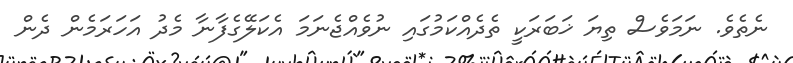
ނެތެވެ. ނަމަވެސް ތިޔަ ޚަބަރަކީ ތެދެއްކަމުގައި ނުވެއްޖެނަމަ އެކަލޭގެފާނާ މެދު އަހަރަމެން ދެން